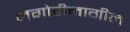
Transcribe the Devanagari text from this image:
लगोरीमागील